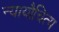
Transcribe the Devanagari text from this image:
न्यायौचित्य